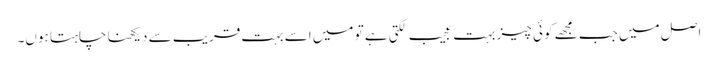
اصل میں جب مجھے کوئی چیز بہت عجیب لگتی ہے تو میں اسے بہت قریب سے دیکھنا چاہتا ہوں۔